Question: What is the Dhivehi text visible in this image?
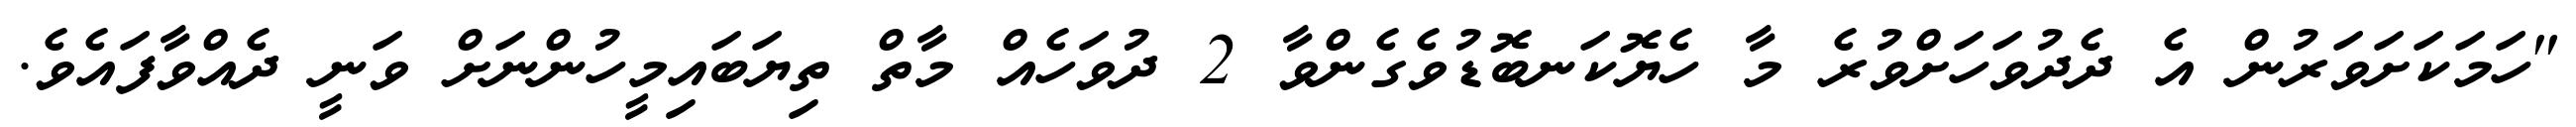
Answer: "ހަމަކަށަވަރުން އެ ދެދުވަހަށްވުރެ މާ ހެޔޮކަނބޮޑުވެގެންވާ 2 ދުވަހެއް މާތް ތިޔަބައިމީހުންނަށް ވަނީ ދެއްވާފައެވެ.